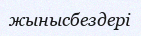
жынысбездері